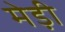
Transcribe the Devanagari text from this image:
मेड़ी